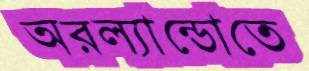
অরল্যান্ডোতে